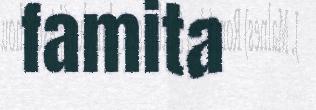
famita